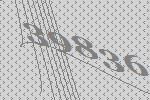
39836